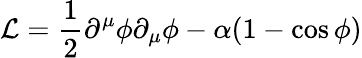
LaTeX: {\cal L}=\frac{1}{2}\partial^{\mu}\phi\partial_{\mu}\phi-\alpha(1-\cos\phi)